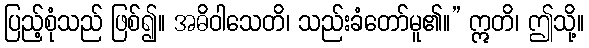
ပြည့်စုံသည် ဖြစ်၍။ အဓိဝါသေတိ၊ သည်းခံတော်မူ၏။” ဣတိ၊ ဤသို့။